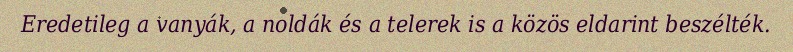
Eredetileg a vanyák, a noldák és a telerek is a közös eldarint beszélték.